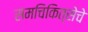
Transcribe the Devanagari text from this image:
समचिकित्सेचे